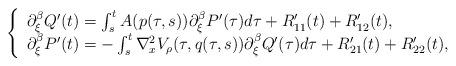
LaTeX: \begin{align*}\left\{\begin{array}{l}\partial_\xi^\beta Q^\prime(t)=\int_s^t A(p(\tau,s))\partial_\xi^\beta P^\prime(\tau) d\tau +R^\prime_{11}(t)+R^\prime_{12}(t) , \\\partial_\xi^\beta P^\prime(t)=-\int_s^t \nabla_x^2 V_\rho(\tau,q(\tau,s))\partial_\xi^\beta Q^\prime(\tau) d\tau +R^\prime_{21}(t)+R^\prime_{22}(t), \\\end{array}\right.\end{align*}